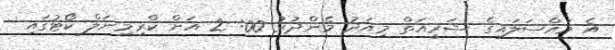
އެ މައްސަލައިގެ ޝަރީއަތް މިއަދު މެންދުރު 00: 2 އަށް ކްރިމިނަލް ކޯޓުގައި